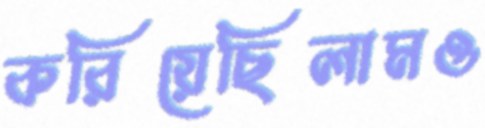
করিয়েছিলামও